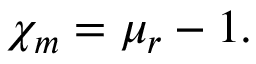
\chi _ { m } = \mu _ { r } - 1 .